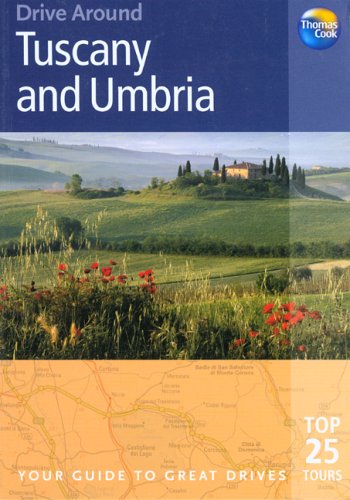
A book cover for Drive Around Tuscany & Umbria: Your guide to great drives (Drive Around - Thomas Cook); Brent Gregston; Travel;